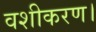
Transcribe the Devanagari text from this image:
वशीकरण।